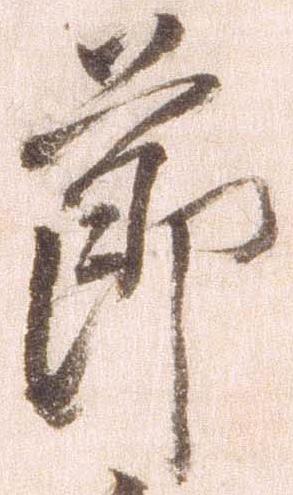
節